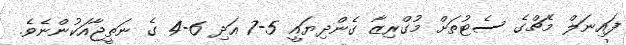
ފައިނަލް މެޗްގެ ސެޓުތަށް މުގްރިޒާ ގެންދިޔައީ 5-7 އަދި 6-4 ގެ ނަތީޖާއަކުންނެވެ.